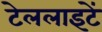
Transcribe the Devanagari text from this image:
टेललाइटें